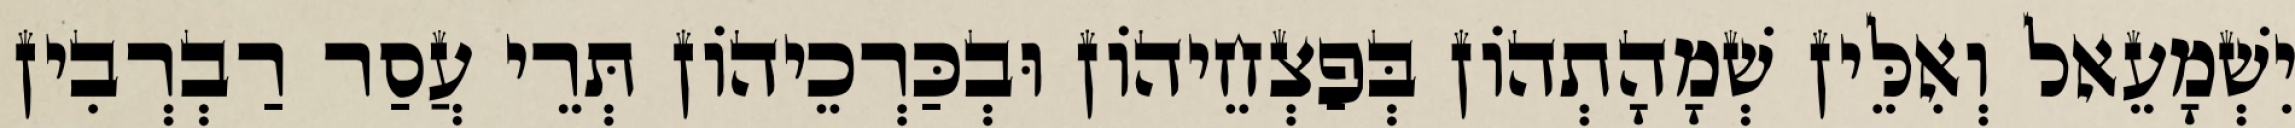
יִשְׁמָעֵאל וְאִלֵּין שְׁמָהָתְהוֹן בְּפַצְחֵיהוֹן וּבְכַּרְכֵיהוֹן תְּרֵי עֲסַר רַבְרְבִין